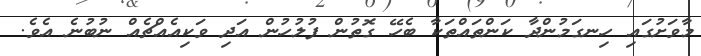
މާވަށުގައި ހިނގަމުންދާ ކަންތައްތަކާ ބެހޭ ގޮތުން ފުލުހުން އަދި ވަކިއެއްޗެއް ނުބުނެ އެވެ.